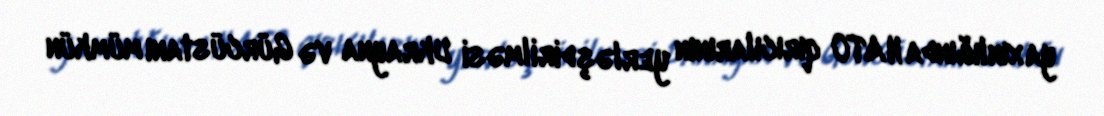
yaxınlığında NATO qırıcılarının yerləşdirilməsi Ukrayna və Gürcüstanı mümkün